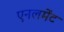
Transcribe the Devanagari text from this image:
एनलमेंट